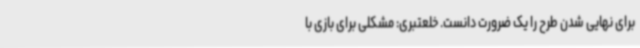
برای نهایی شدن طرح را یک ضرورت دانست. خلعتبری: مشکلی برای بازی با